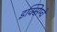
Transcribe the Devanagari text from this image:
इक्सिम्चे